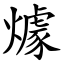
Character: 㷾